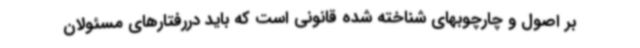
بر اصول و چارچوبهای شناخته شده قانونی است که باید دررفتارهای مسئولان